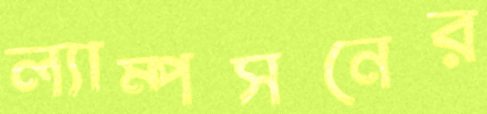
ল্যাম্পসনের